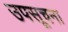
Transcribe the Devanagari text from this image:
उपसूचना